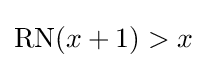
\operatorname {RN} (x+1)>x